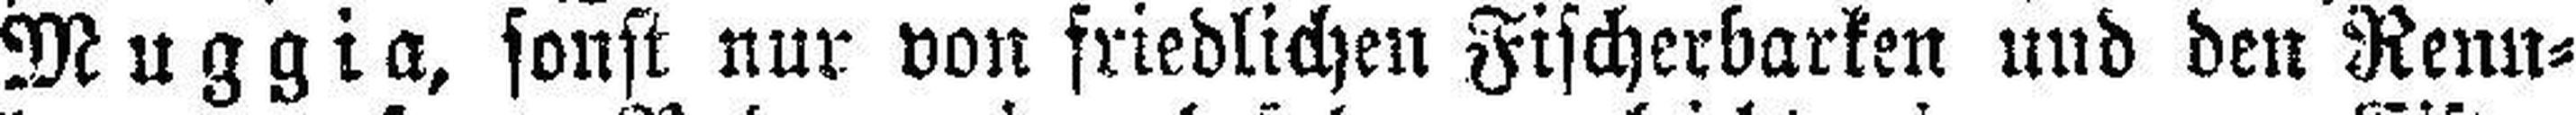
Muggia, sonst nur von friedlichen Fischerbarken und den Renn¬